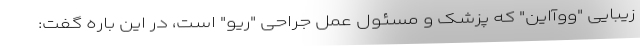
زیبایی "ووآاین" که پزشک و مسئول عمل جراحی "ریو" است، در این باره گفت: